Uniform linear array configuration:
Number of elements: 32
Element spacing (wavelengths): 0.25
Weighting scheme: hann
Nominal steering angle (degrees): -30
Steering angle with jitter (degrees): -30.837
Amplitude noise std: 0.05
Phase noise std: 0.05

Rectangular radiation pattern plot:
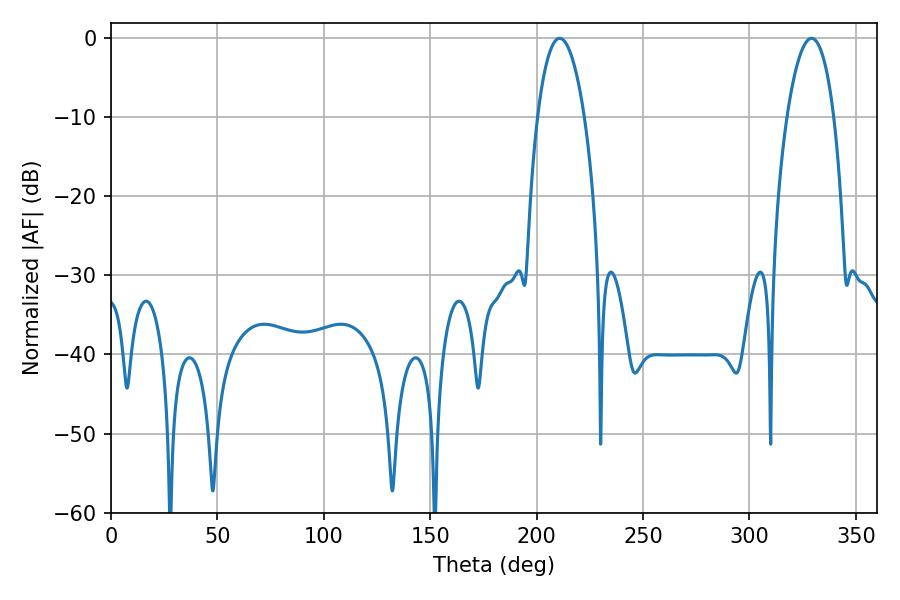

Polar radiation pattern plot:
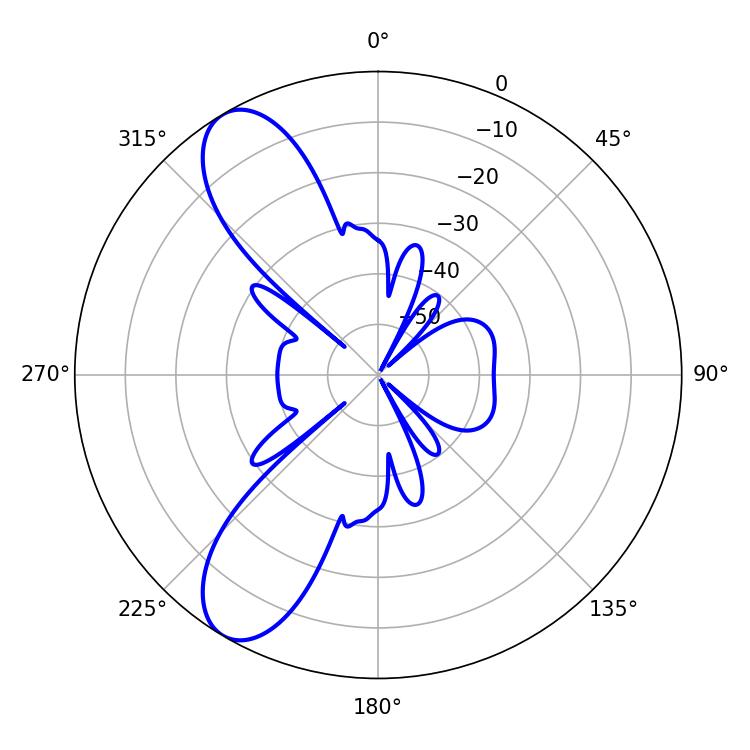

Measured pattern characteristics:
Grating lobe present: FALSE
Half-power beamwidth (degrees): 12.24
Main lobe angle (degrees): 210.78